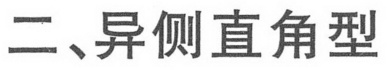
二、异侧直角型